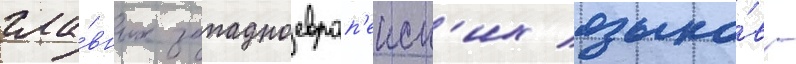
гла́вных западноевроп'еиск'их языко́в -